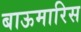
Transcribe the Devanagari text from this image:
बाऊमारिस